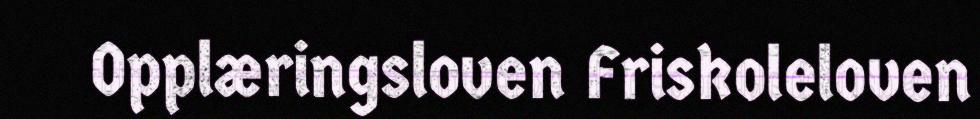
Opplæringsloven Friskoleloven